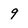
Character: 9